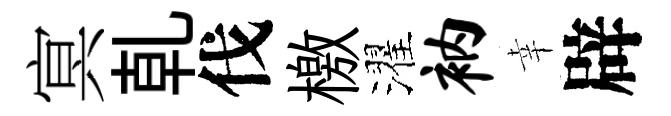
㝠乹伐檄濯衲幸辟